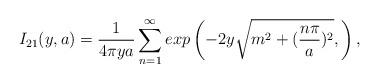
LaTeX: \begin{align*}I_{21}(y,a)=\frac{1}{4\pi ya}\sum_{n=1}^{\infty }exp \left( -2y\sqrt{m^{2}+(\frac{n\pi }{a})^{2}}, \right),\end{align*}